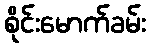
စိုင်းမောက်ခမ်း